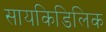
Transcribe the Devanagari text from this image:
सायकिडिलिक